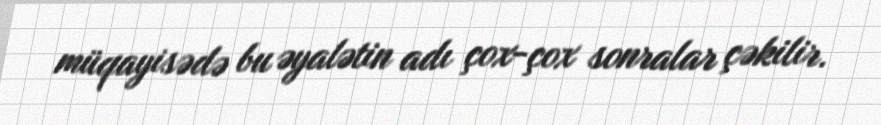
müqayisədə bu əyalətin adı çox-çox sonralar çəkilir.